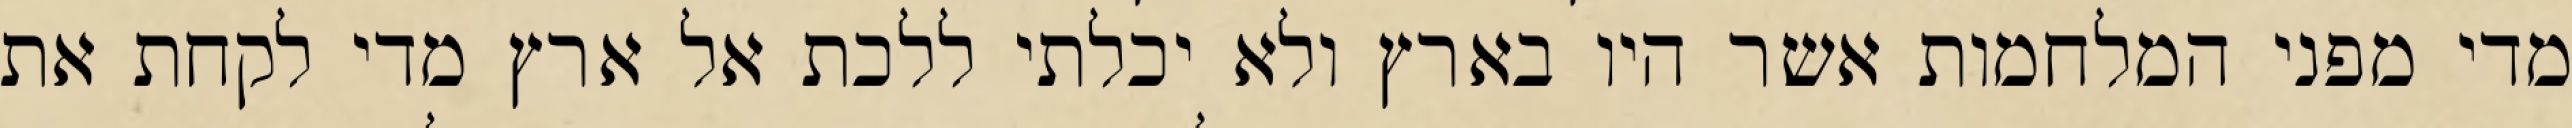
מדי מפני המלחמות אשר היו בארץ ולא יכלתי ללכת אל ארץ מדי לקחת את